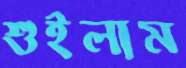
শুইলাম